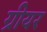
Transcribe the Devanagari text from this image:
ग्रीयर